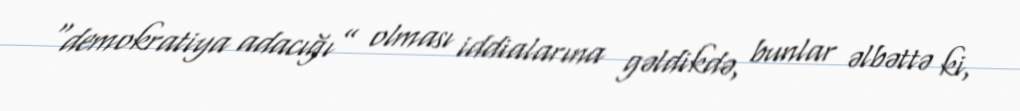
“demokratiya adacığı” olması iddialarına gəldikdə, bunlar əlbəttə ki,